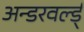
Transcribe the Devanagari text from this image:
अन्डरवर्ल्ड्